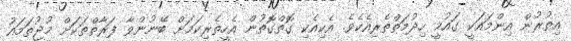
އިތުރުން އިންމައަކީ ގައުމީ ހިދުމަތްތެރިއެކެވެ. އެކިއެކި ގޮތްގޮތުން އެހީތެރިކަމަށް ބޭނުންވާ ފަރާތްތަކަށް މުޖުތަމައު